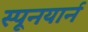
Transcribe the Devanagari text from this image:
स्पूनयार्न